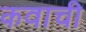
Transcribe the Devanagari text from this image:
कवाची